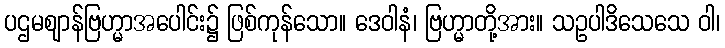
ပဌမဈာန်ဗြဟ္မာအပေါင်း၌ ဖြစ်ကုန်သော။ ဒေဝါနံ၊ ဗြဟ္မာတို့အား။ သဥပါဒိသေသေ ဝါ၊